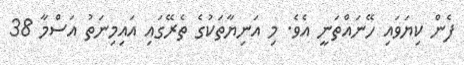
ފެން ކިޔަވައި ހޭނައްތަނީ އެވެ. މި އަނިޔާތަކުގެ ތެރޭގައި އައިމިނަތު އަސްމާ 38